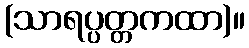
(သာရပ္ပတ္တကထာ)။